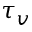
\tau _ { v }